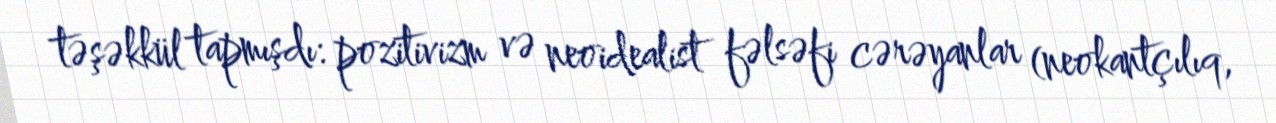
təşəkkül tapmışdı: pozitivizm və neoidealist fəlsəfi cərəyanlar (neokantçılıq,